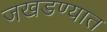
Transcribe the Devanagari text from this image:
जखडण्यात